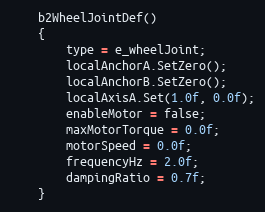
Language: C
	b2WheelJointDef()
	{
		type = e_wheelJoint;
		localAnchorA.SetZero();
		localAnchorB.SetZero();
		localAxisA.Set(1.0f, 0.0f);
		enableMotor = false;
		maxMotorTorque = 0.0f;
		motorSpeed = 0.0f;
		frequencyHz = 2.0f;
		dampingRatio = 0.7f;
	}